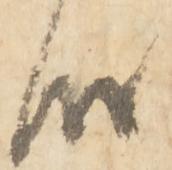
候